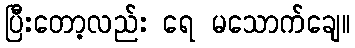
ပြီးတော့လည်း ရေ မသောက်ချေ။